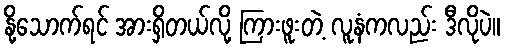
နို့သောက်ရင် အားရှိတယ်လို့ ကြားဖူးတဲ့ လူနံကလည်း ဒီလိုပဲ။